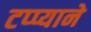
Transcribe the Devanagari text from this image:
टप्प्याने